Lunatic asylums Punjab 1911-1921 - 1911-1921
Year: 1911
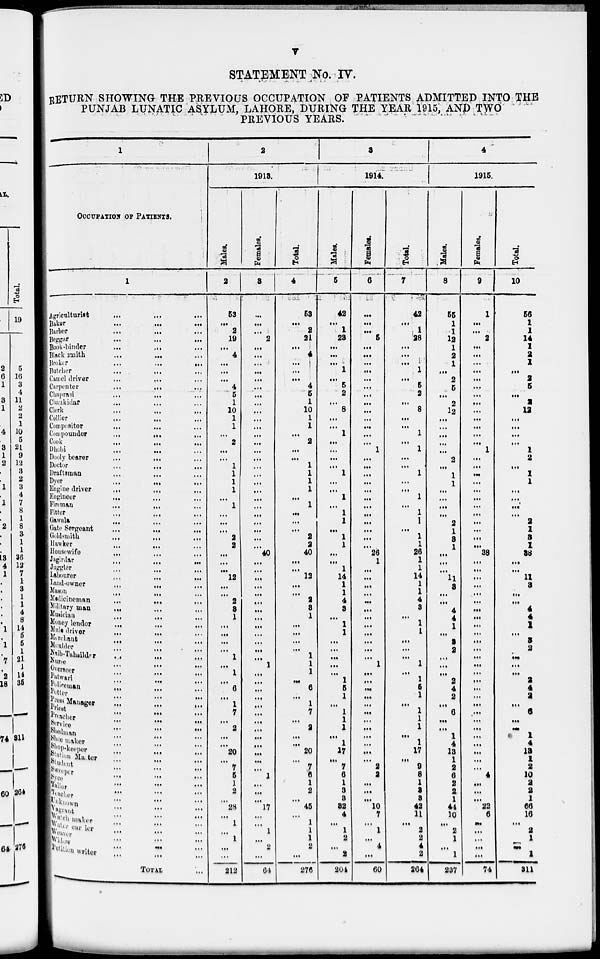
v
STATEMENT No. IV.
RETURN SHOWING THE PREVIOUS OCCUPATION OF PATIENTS ADMITTED INTO THE
PUNJAB LUNATIC ASYLUM, LAHORE, DURING THE YEAR 1915, AND TWO
PREVIOUS YEARS.
1
OCCUPATION OF PATIENTS.
1
Agriculturist
...
...
...
Baker
...
...
...
Barber
...
...
...
Beggar
...
...
...
Book-binder ... ... ...
Blacksmith
...
...
...
Broker
...
...
...
Butcher
...
...
...
Camel driver
...
...
...
Carpenter
...
...
...
Chaprasi
...
...
...
Chaukidar
...
...
...
Clerk
...
...
...
Collier ... ... ...
Compositor ... ... ...
Compounder
...
...
...
Cook
...
...
...
Dhobi ... ... ...
Dooly bearer ... ... ...
Doctor ... ... ...
Draftsman ... ... ...
Dyer ... ... ...
Engine driver ... ... ...
Engineer ... ... ...
Fireman ... ... ...
... ... ...
Fitter ... ... ...
Gawala ... ... ...
Gate Sergeant ... ... ...
Goldsmith ... ... ...
Hawker ... ... ...
Housewife ... ... ...
Jagirdar ... ... ...
Juggler ... ... ...
Labourer ... ... ...
Land-owner ... ... ...
Mason ... ... ...
Medicineman ... ... ...
Millitary man ... ... ...
Musician ... ... ...
Money lendor ... ... ...
Mule driver ... ... ...
Merchant ... ... ...
Mouldor ... ... ...
Naib-Tahsildar ... ... ...
Nurse ... ... ...
Overseer ... ... ...
Patwari ... ... ...
Policeman ... ... ...
Potter ... ... ...
Press Manager ... ... ...
Priest ... ... ...
Preacher ... ... ...
Service ... ... ...
Shedman ... ... ...
Shoe maker ... ... ...
Shop-keeper ... ... ...
Station Master ... ... ...
Student ... ... ...
Sweeper ... ... ...
Syco ... ... ...
Tailor ... ... ...
Teacher ... ... ...
Unknown ... ... ...
Vagrant ... ... ...
Watch maker ... ... ...
Water carrier ... ... ...
Weaver ... ... ...
Widow ... ... ...
Petition writer ... ... ...
TOTAL....
2
1913.
Males.
2
53
...
2
19
...
4
...
...
...
4
5
1
10
1
1
...
2
...
...
1
1
1
1
...
1
...
...
...
2
2
...
...
12
...
...
2
3
1
...
...
...
...
...
...
1
...
6
...
1
7
... ...
2
...
...
20
...
...
5
1
2
...
28
...
1
...
1
...
...
212
Females.
3
...
...
...
2
...
...
...
...
...
...
...
...
...
...
...
...
...
...
...
...
...
...
...
...
...
...
...
...
. ..
...
40
...
...
...
...
...
...
...
...
...
...
...
....
...
1
...
...
...
...
...
...
... ...
...
...
...
...
...
...
1
...
...
...
17
...
...
1
..
2
...
64
Total.
4
53
...
2
21
...
4
...I
...
...
4
5
1
10
1
1
...
2
...
...
1
1
1
1
...
1
...
...
...
2
2
40
...
...
12
...
...
2
3
1
...
...
...
...
1
1
1
...
6
...
1
7
... ...
2
...
...
20
...
... 6
1
2
...
45
...
1
1
1
2
...
276
3
1914.
Males.
5
42
...
1
23
...
...
...
1
...
5
2
...
8
...
...
1
...
...
...
...
1
...
...
1
...
1
1
...
1
1
...
...
1
14
1
1
4
3
...
1
1
...
...
...
...
...
1
5
1
...
1
1 ...
1
...
1
17
...
7
6
1
3
3
32
4
...
1
2
...
2
204
Females.
6
...
...
...
5
...
...
...
...
...
...
...
...
...
...
...
...
...
1
...
...
...
...
...
...
...
...
...
...
...
...
26
1
...
...
...
...
...
...
...
...
...
...
...
...
1
...
...
...
...
...
...
... ...
...
...
...
...
...
2
2
...
...
...
10
7
...
1
...
4
...
60
Total.
7
42
...
1
28
...
...
...
1
...
5
2
...
8
...
...
1
...
1
...
...
1
...
...
1
...
1
1
...
1
1
26
1
1
14
1
1
4
3
...
1
1
...
...
...
1
...
1
5
1
...
1
1
...
1
...
1
17
...
9
8
1
3
3
42
11
...
2
2
4
2
264
4
1915.
Males.
8
55
1
1
12
1
2
1
...
2
5
...
2
12
...
...
...
...
...
2
...
1
1
...
...
...
...
2
1
3
1
38
...
...
ll
3
...
...
4
4
1
...
3
2
...
...
...
2
4
2
...
6
... ...
...
1
4
13
1
2
6
2
2 1
44
10
...
2
1
...
1
237
Females.
9
1
...
...
2
...
...
...
...
...
...
...
...
...
...
...
...
...
1
...
...
...
...
...
...
...
...
...
...
...
...
...
...
...
...
...
...
...
...
...
...
...
...
...
...
...
...
...
...
...
...
...
... ...
...
...
...
...
...
...
4
...
...
...
22
6
...
...
...
...
...
74
Total.
10
56
1
1
14
1
2
1
...
2
5
...
2
12
...
...
...
...
1
2
...
1
1
...
...
...
...
2
1
3
1
38
...
...
11
3
...
...
4
4
1
...
3
2
...
...
...
2
4
2
...
...
... ...
...
1
4
13
1
2
10
2
2
1
66
16
...
2
1
...
...
311